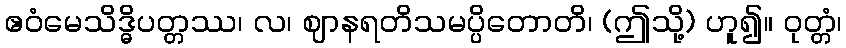
ဧဝံမေသိဒ္ဓိပတ္တဿ၊ လ၊ ဈာနရတိသမပ္ပိတောတိ၊ (ဤသို့) ဟူ၍။ ဝုတ္တံ၊